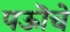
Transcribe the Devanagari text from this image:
पऊॊचे